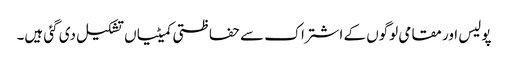
پولیس اور مقامی لوگوں کے اشتراک سے حفاظتی کمیٹیاں تشکیل دی گئی ہیں۔